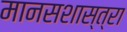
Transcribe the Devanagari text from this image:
मानसशास्त्रा